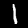
Digit: 1